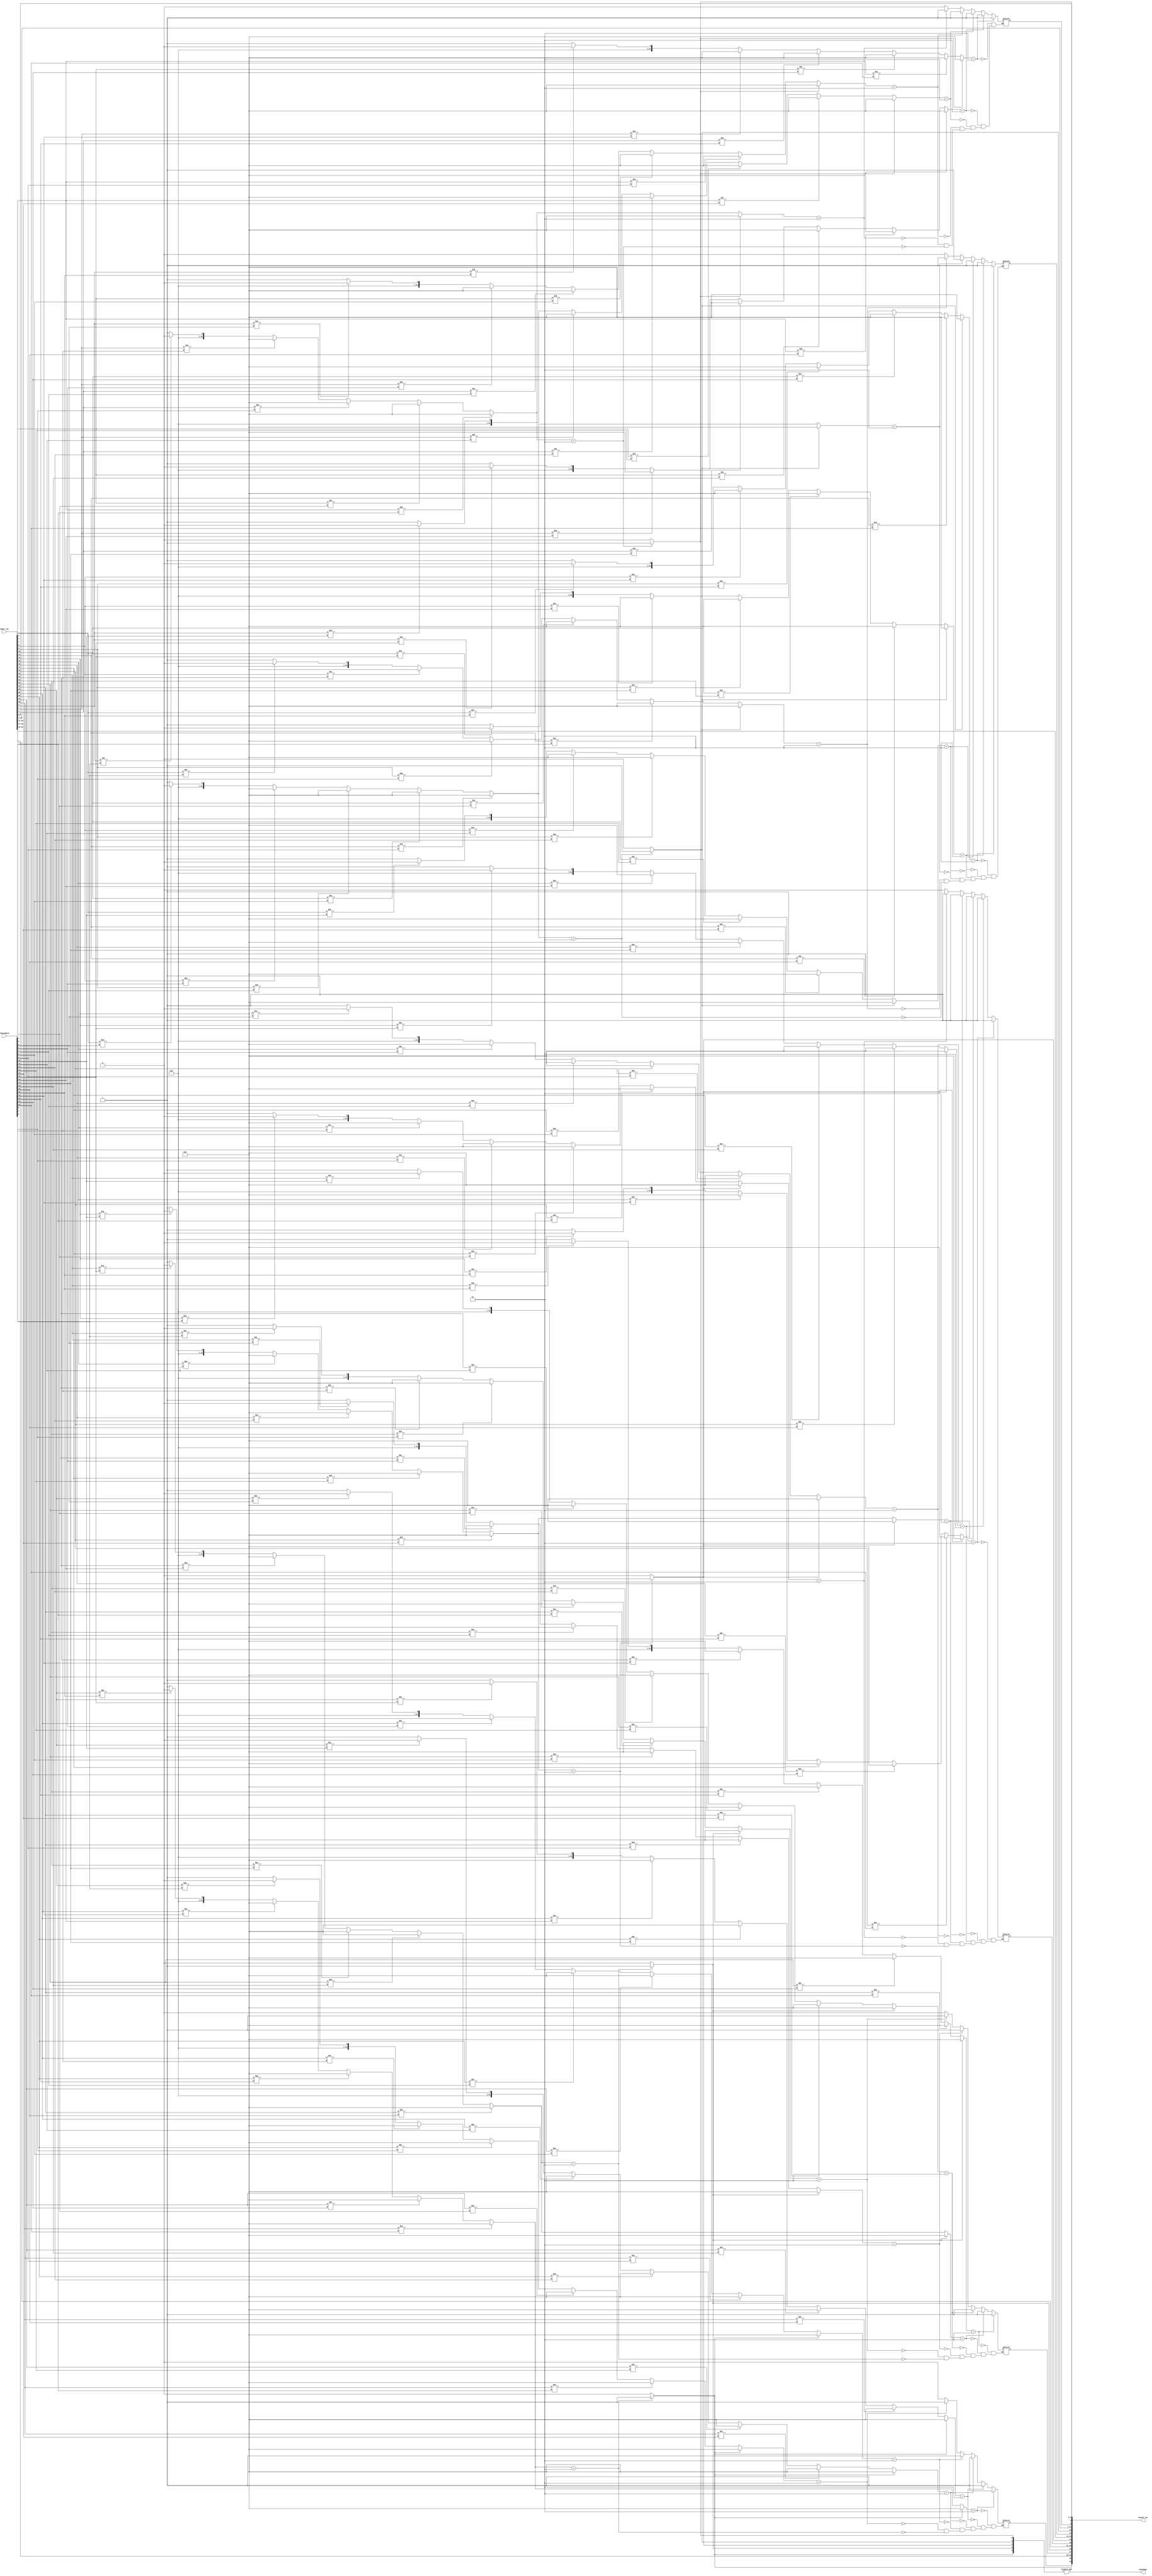
`timescale 1ns / 1ps
//////////////////////////////////////////////////////////////////////////////////
// Company: 
// Engineer: 
// 
// Design Name: 
// Module Name:    getColors 
// Project Name: 
// Target Devices: 
// Tool versions: 
// Description: 
//
// Dependencies: 
//
// Revision: 
// Revision 0.01 - File Created
// Additional Comments: 
//
//////////////////////////////////////////////////////////////////////////////////
module getColors(
	input [34:0] input_row,		// The word the player inputs into wordle 
	input [24:0] chosenWord,
	output [34:0] output_row,
	output doneGame);
	
	reg [4:0] yellows;
	reg [4:0] greens;
	
	assign output_row = {yellows[4], greens[4], input_row[32:28], 
	yellows[3], greens[3], input_row[25:21],
	yellows[2], greens[2], input_row[18:14], 
	yellows[1], greens[1], input_row[11:7], 
	yellows[0], greens[0], input_row[4:0]};
	
	wire [24:0] inputWord;
	assign inputWord = {input_row[32:28], 
	input_row[25:21],
	input_row[18:14], 
	input_row[11:7], 
	input_row[4:0]};

	//check greens first
    //not sure if this has to be in an always block
    integer i;
    integer j;
	 integer k;
    integer true; //1 is true
	 always @* begin
	 true=1;
    for(i=0; i<5; i=i+1) begin
	 for(j=5*i; j<(5*i)+5; j=j+1) begin
            if(inputWord[j]!=chosenWord[j])begin
                true=0;
            end
        end
		   if(true==1) begin
            greens[i]=1; 
				yellows[i]=0;
        end
        else begin
            greens[i]=0;
        end
        true=1;
    end
	 //now for yellows
    for(i=0; i<5; i=i+1) begin
            for(j=0; j<5; j=j+1) begin
                for(k=0; k<5;k=k+1) begin
                    if(greens[i]==1) begin  //only for those letters which are not green
                        true=0;
                    end
                    else if(inputWord[k+(i*5)]!=chosenWord[k+(j*5)]) begin
                        true=0;
								end
                end
                if(true==1) begin
                    yellows[i]=1;
                end
                true=1;
            end
        end
    end
	 assign doneGame=&greens;
endmodule